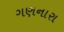
ગણનારા